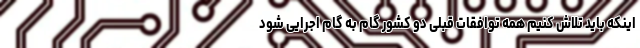
اینکه باید تلاش کنیم همه توافقات قبلی دو کشور گام به گام اجرایی شود